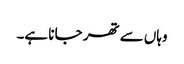
وہاں سے تھر جا نا ہے۔